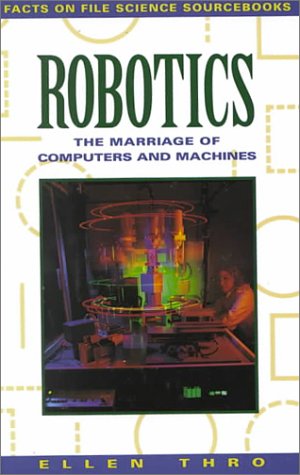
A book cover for Robotics: The Marriage of Computers and Machines (Facts on File Science Sourcebooks); Ellen Thro; Children's Books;